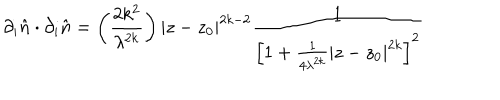
\partial _ { i } \hat { n } \cdot \partial _ { i } \hat { n } = \left( \frac { 2 k ^ { 2 } } { \lambda ^ { 2 k } } \right) | z - z _ { 0 } | ^ { 2 k - 2 } \frac { 1 } { \left[ 1 + \frac { 1 } { 4 \lambda ^ { 2 k } } | z - z _ { 0 } | ^ { 2 k } \right] ^ { 2 } }